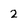
Character: 2